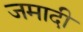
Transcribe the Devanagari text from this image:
जमादी